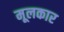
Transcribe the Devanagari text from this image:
मूलकार